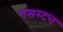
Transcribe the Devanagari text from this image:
पसरटच